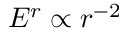
E ^ { r } \propto r ^ { - 2 }